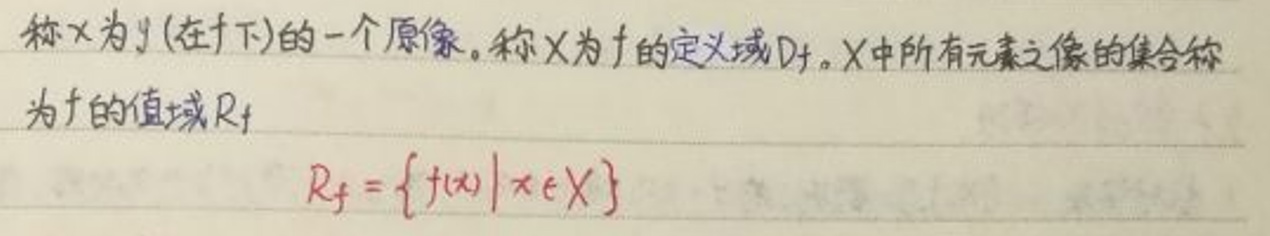
称$x$为$y$(在$f$下)的一个原像。称$X$为$f$的定义域$D_f$。$X$中所有元素之像的集合称为$f$的值域$R_f$

\[
R_f = \{ f(x) | x\in X \}
\]